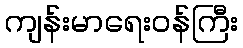
ကျန်းမာရေးဝန်ကြီး